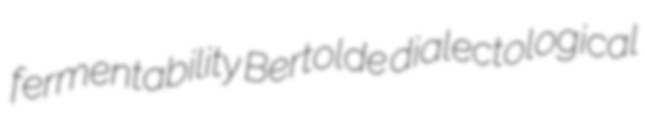
fermentability Bertolde dialectological